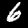
Label: 6